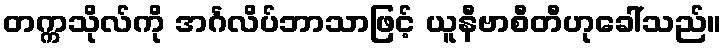
တက္ကသိုလ်ကို အင်္ဂလိပ်ဘာသာဖြင့် ယူနီဗာစီတီဟုခေါ်သည်။